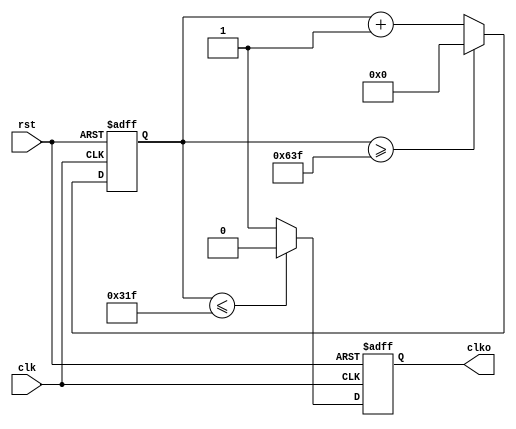
module div_1hz(
	input clk,rst,
	output reg clko
);
	reg[10:0]dly;
always @(posedge clk,negedge rst)
	if(!rst) dly<=11'h0;
	else if(dly>=11'd1599) dly<=11'h0;
	else dly<=dly+1'b1;
always @(posedge clk,negedge rst)
	if(!rst) clko<=1'b0;
	else if(dly<=11'd799) clko<=1'b0;
	else clko<=1'b1;
endmodule